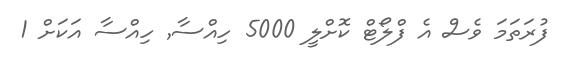
ފުރަތަމަ ވެސް އެ ފްލޯޓް ކޮށްލީ 5000 ހިއްސާ